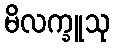
မိလက္ခူသု